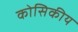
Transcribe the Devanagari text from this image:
कोसिकीय